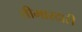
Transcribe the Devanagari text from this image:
तीमारदारी